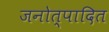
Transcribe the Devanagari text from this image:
जनोत्पादित